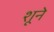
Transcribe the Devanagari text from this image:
शूने